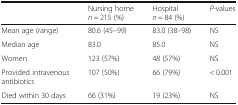
<table><thead><tr><td></td><td><b>Nursing home <i>n</i> = 215 (%)</b></td><td><b>Hospital <i>n</i> = 84 (%)</b></td><td><b><i>P</i>-values</b></td></tr></thead><tbody><tr><td>Mean age (range)</td><td>80.6 (45–99)</td><td>83.0 (38–98)</td><td>NS</td></tr><tr><td>Median age</td><td>83.0</td><td>85.0</td><td>NS</td></tr><tr><td>Women</td><td>123 (57%)</td><td>48 (57%)</td><td>NS</td></tr><tr><td>Provided intravenous antibiotics</td><td>107 (50%)</td><td>66 (79%)</td><td>&lt; 0.001</td></tr><tr><td>Died within 30 days</td><td>66 (31%)</td><td>19 (23%)</td><td>NS</td></tr></tbody></table>